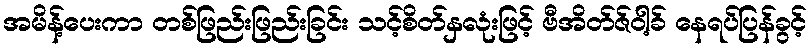
အမိန့်ပေးကာ တစ်ဖြည်းဖြည်းခြင်း သင့်စိတ်နှလုံးဖြင့် ဗီအိတ်ဇ်ဝါ့ခ် နေရပ်ပြန်ခွင့်